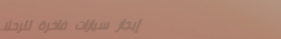
إيجار سيارات فاخرة للرحلا